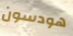
هودسون